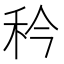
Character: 𬓢